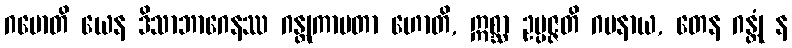
ဂမောတိ ယေန ဒိသာဘာဂေနဿ ဂန္တုကာမတာ ဟောတိ, ဣစ္ဆာ ဥပ္ပဇ္ဇတိ ဂမနာယ, တေန ဂန္တုံ န